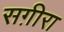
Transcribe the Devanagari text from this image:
सग़ीरा